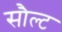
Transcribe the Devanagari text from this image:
सौल्ट